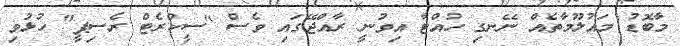
މާބޮޑު މައުލޫމާތެއް ނޭނގި ހުއްޓާ އިވުނީ ރާއްޖޭގައި ވެސް "ސީކްރެޓް ރެސިޕީ" ހުޅުވި